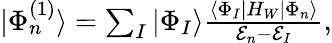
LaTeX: \begin{array}{r}{|\Phi_{n}^{(1)}\rangle=\sum_{I}|\Phi_{I}\rangle\frac{\langle\Phi_{I}|H_{W}|\Phi_{n}\rangle}{{\cal E}_{n}-{\cal E}_{I}},}\end{array}